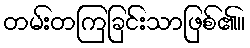
တမ်းတကြခြင်းသာဖြစ်၏။